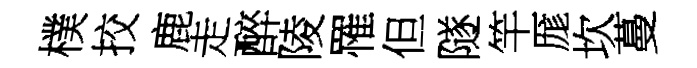
樸挍鹿走醉陵罹但隧竿厖坎蔓